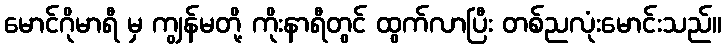
မောင်ဂိုမာရီ မှ ကျွန်မတို့ ကိုးနာရီတွင် ထွက်လာပြီး တစ်ညလုံးမောင်းသည်။